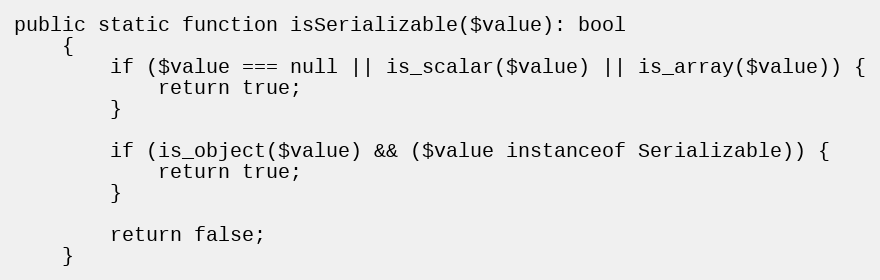
Language: PHP
public static function isSerializable($value): bool
    {
        if ($value === null || is_scalar($value) || is_array($value)) {
            return true;
        }

        if (is_object($value) && ($value instanceof Serializable)) {
            return true;
        }

        return false;
    }